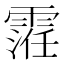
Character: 𱁢